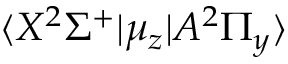
\langle X ^ { 2 } \Sigma ^ { + } | \mu _ { z } | A ^ { 2 } \Pi _ { y } \rangle